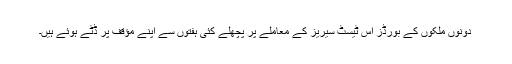
دونوں ملکوں کے بورڈز اس ٹیسٹ سیریز کے معاملے پر پچھلے کئی ہفتوں سے اپنے مؤقف پر ڈٹے ہوئے ہیں۔